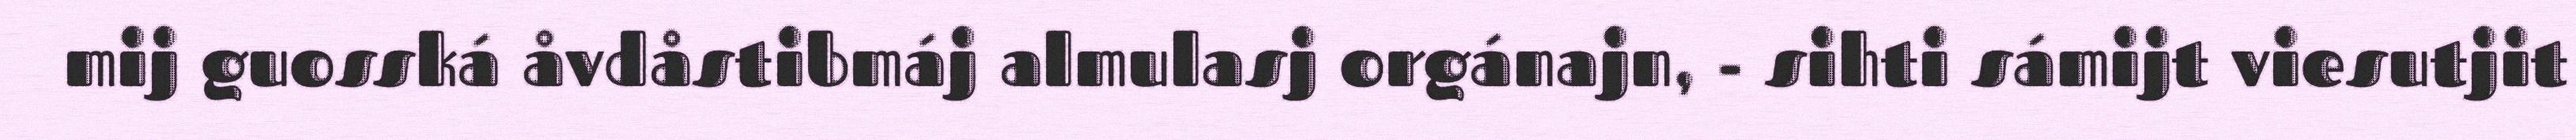
mij guosská åvdåstibmáj almulasj orgánajn, - sihti sámijt viesutjit